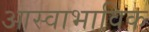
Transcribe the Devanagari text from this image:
आस्वाभाविक